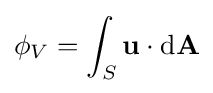
\phi _{V}=\int _{S}\mathbf {u} \cdot \mathrm {d} \mathbf {A} \,\!